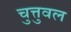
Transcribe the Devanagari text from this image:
चुत्तुवल